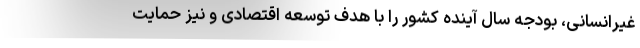
غیرانسانی، بودجه سال آینده کشور را با هدف توسعه اقتصادی و نیز حمایت